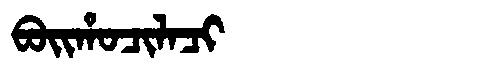
Manchu: ᠪᠣᡳᡥᠣᠴᡳᠯᠠᠴᡳ
Romanization: BOIHOCILACI